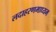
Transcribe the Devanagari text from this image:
लदाहरणमाध्यम